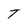
Character: T